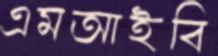
এমআইবি